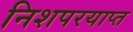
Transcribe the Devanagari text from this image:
निशपरयाप्त